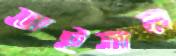
আইতাল